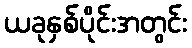
ယခုနှစ်ပိုင်းအတွင်း